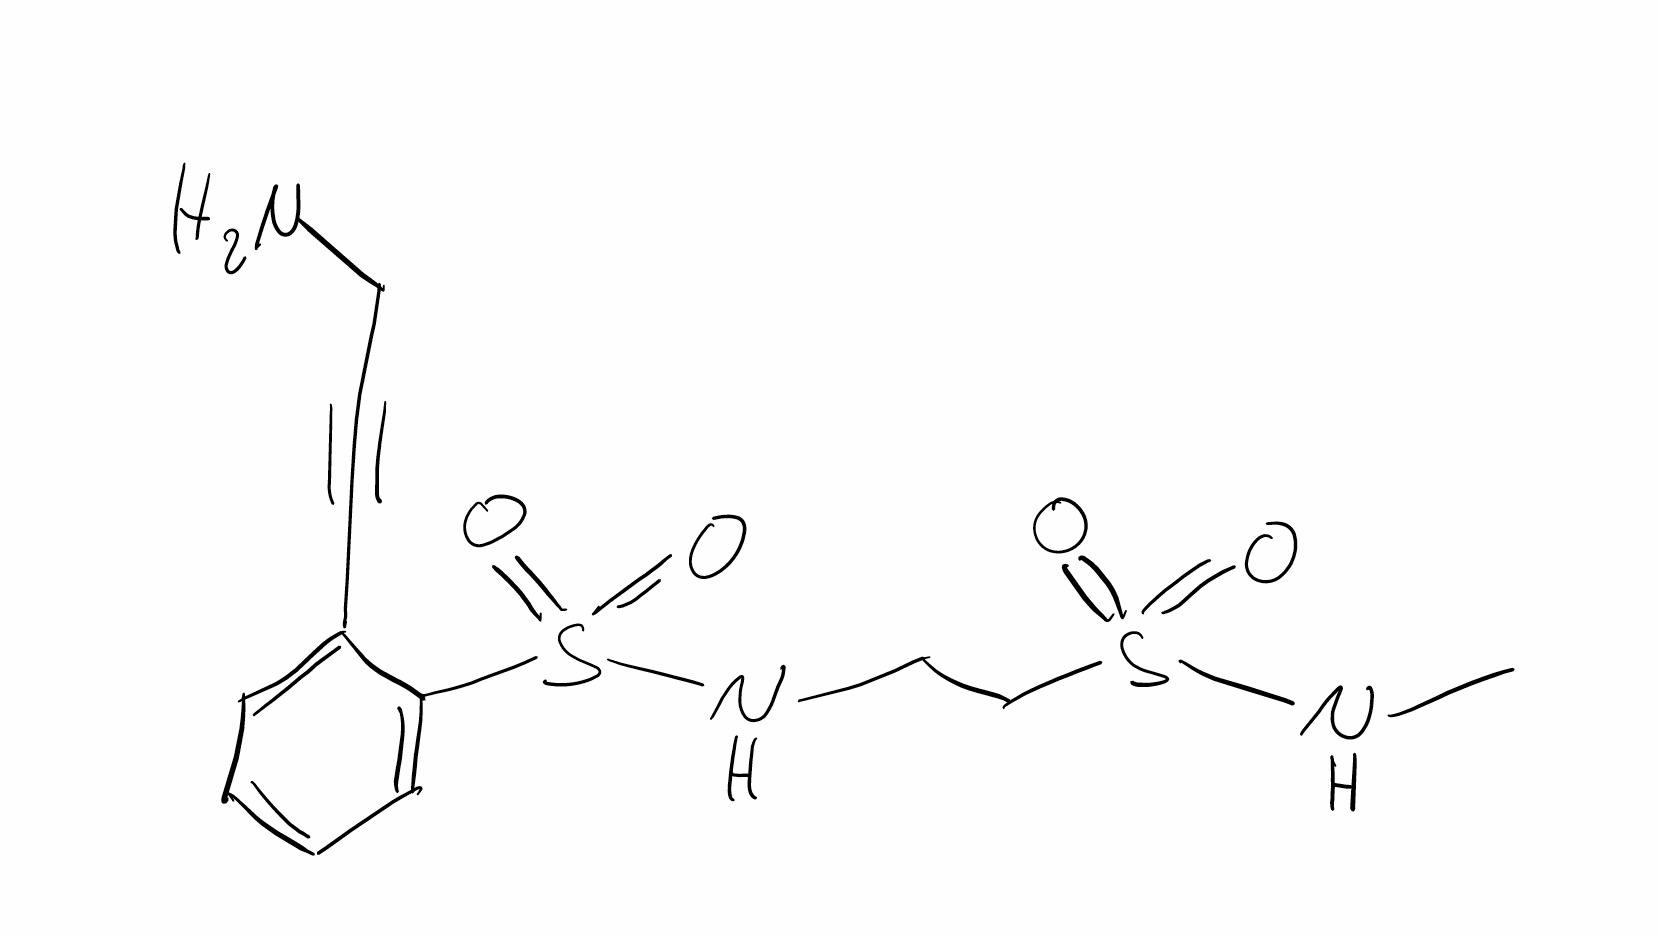
Simplified molecular-input line-entry system (SMILES) notation of the given molecule:
CNS(=O)(=O)CCNS(=O)(=O)C1=CC=CC=C1C#CCN